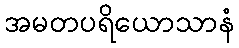
အမတပရိယောသာနံ